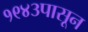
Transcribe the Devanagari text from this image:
१९४३पासून